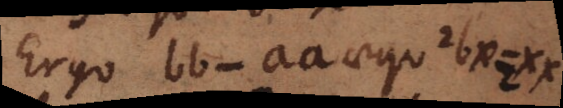
Ergo bb-aa aequ 2bx=xx